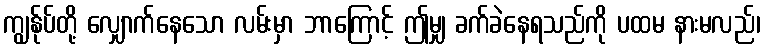
ကျွန်ုပ်တို့ လျှောက်နေသော လမ်းမှာ ဘာကြောင့် ဤမျှ ခက်ခဲနေရသည်ကို ပထမ နားမလည်၊